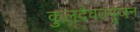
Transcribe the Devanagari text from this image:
कुलदैवतपूजन